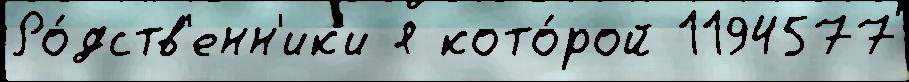
Ро́дств'енн'ик'и я кото́рой 1194577